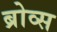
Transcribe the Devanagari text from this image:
ब्रोव्स